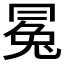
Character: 𠕤